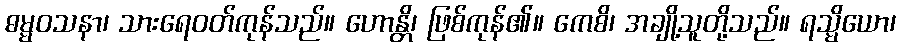
ဓမ္မဝသနာ၊ သားရေဝတ်ကုန်သည်။ ဟောန္တိ၊ ဖြစ်ကုန်၏။ ကေစိ၊ အချို့သူတို့သည်။ ရသ္မိယော၊